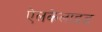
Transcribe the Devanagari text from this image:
ऐलकेलाइड